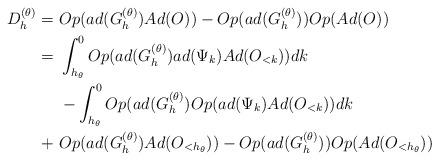
LaTeX: \begin{align*}D_h^{(\theta)} = & \ Op(ad(G_h^{(\theta)})Ad(O)) - Op(ad(G_h^{(\theta)})) Op(Ad(O))\\= & \ \int_{h_\theta}^0 Op(ad(G_h^{(\theta)}) ad (\Psi_k) Ad(O_{<k})) dk\\& \ - \int_{h_\theta}^0 Op(ad(G_h^{(\theta)}) Op( ad(\Psi_k) Ad(O_{<k})) dk\\+ & \ Op(ad(G_h^{(\theta)})Ad(O_{<h_\theta})) - Op(ad(G_h^{(\theta)})) Op(Ad(O_{<h_\theta}))\end{align*}